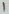
Text: 1